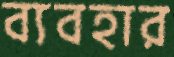
ব্যবহার